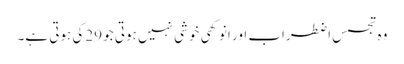
وہ تجسس اضطراب اور انوکھی خوشی نہیں ہوتی جو 29کی ہوتی ہے۔